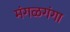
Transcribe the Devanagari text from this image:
मंगळगंगा